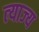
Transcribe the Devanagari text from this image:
त्‍याज्‍य